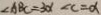
\angle A B C = 3 \alpha \angle C = \alpha